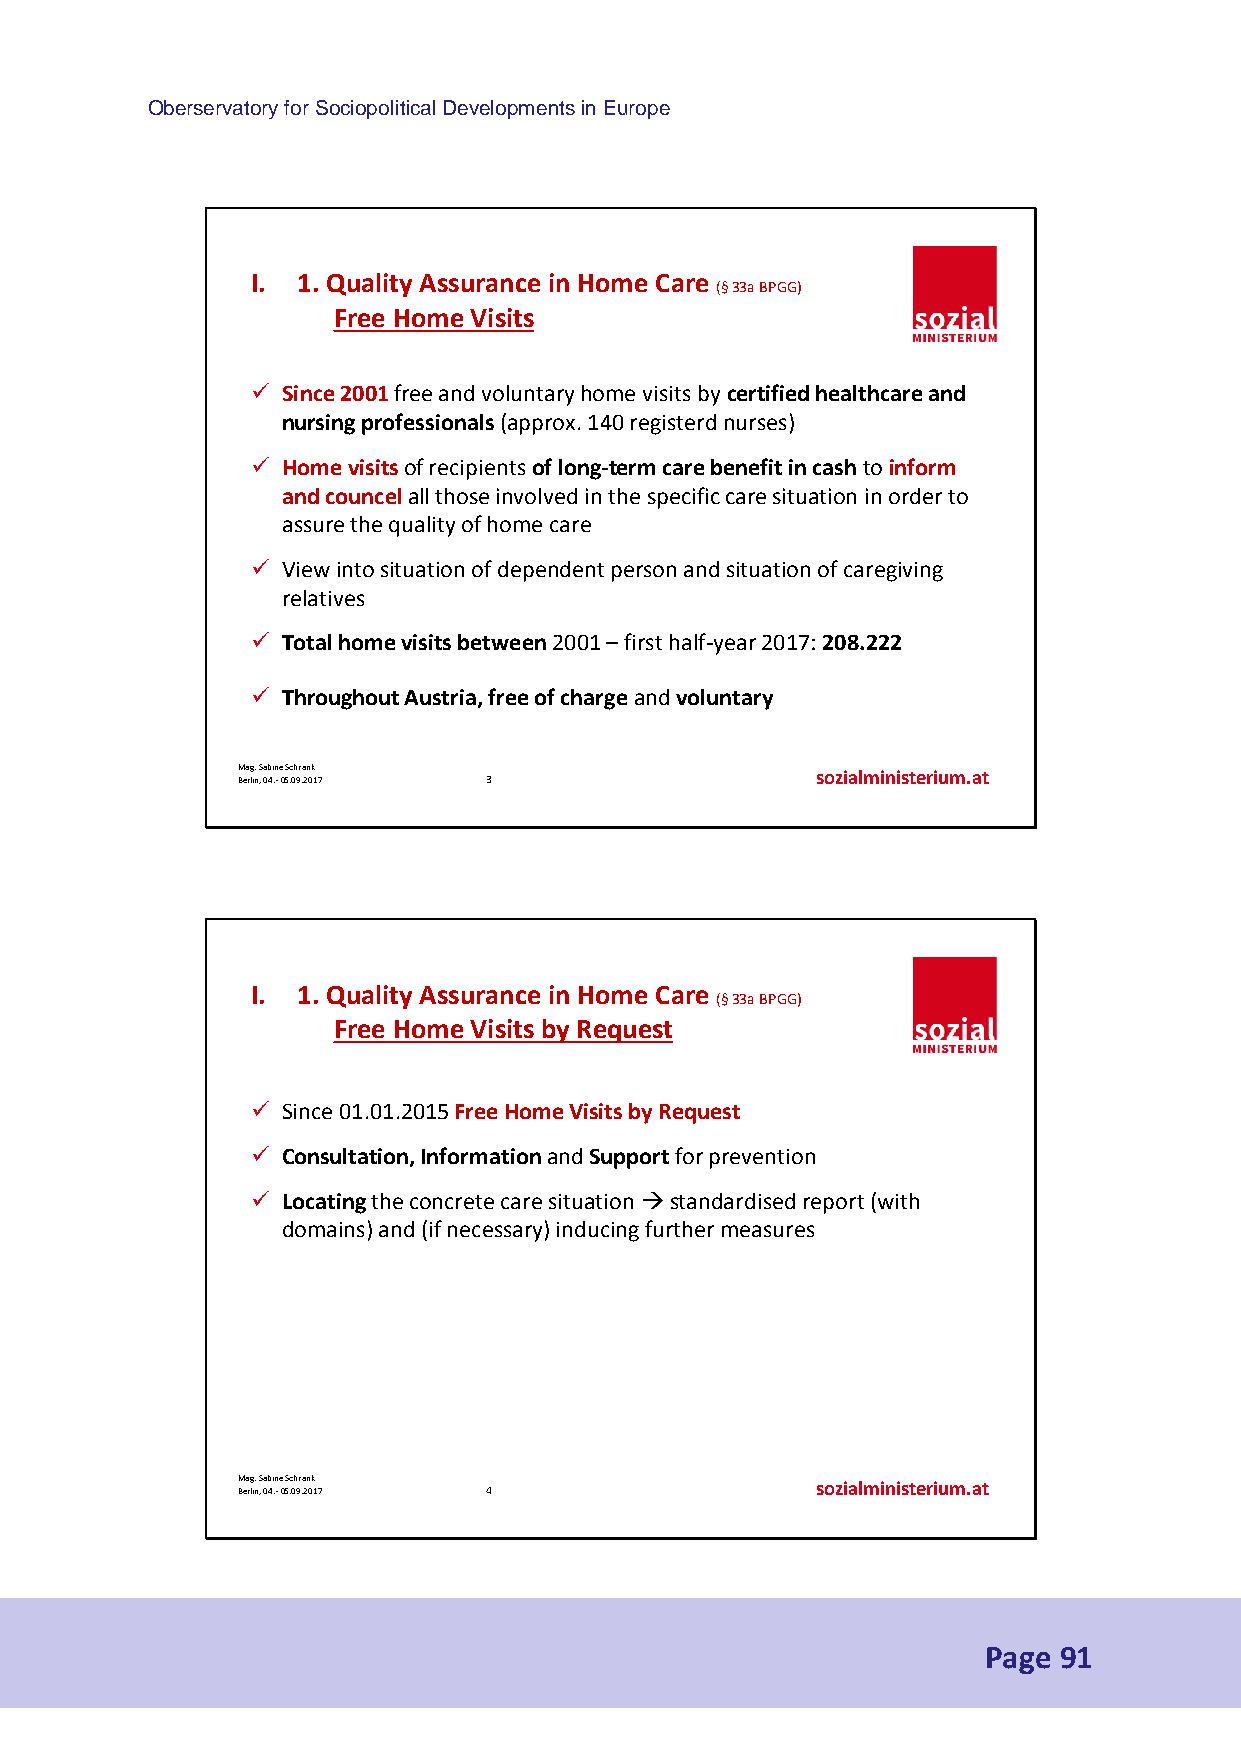
Oberservatory for Sociopolitical Developments in Europe
 I. 1. Quality Assurance in Home Care
 (§33a BPGG)
 Free Home Visits
  Since 2001 free and voluntary home visits by certified healthcare and
 nursing professionals (approx. 140 registerdnurses)
  Home visits of recipients of long-term care benefit in cash to inform
 and councelall those involved in the specific care situation in order to
 assure the quality of home care
  View into situation of dependent person and situation of caregiving
 relatives
  Total home visits between 2001 –first half-year 2017: 208.222
  Throughout Austria, free of charge and voluntary
 M Bea rg li. n S , a 0b 4i .n -e 0 5Sc .0h 9r .a 2n 0k 17 3 sozialministerium.at
 I. 1. Quality Assurance in Home Care
 (§33a BPGG)
 Free Home Visits byRequest
  Since 01.01.2015 Free Home Visits by Request
  Consultation, Informationand Supportfor prevention
  Locatingthe concrete care situation standardisedreport (with
 domains) and (if necessary) inducing further measures
 M Bea rg li. n S , a 0b 4i .n -e 0 5Sc .0h 9r .a 2n 0k 17 4 sozialministerium.at
 Page 91